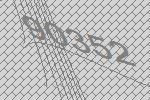
90352